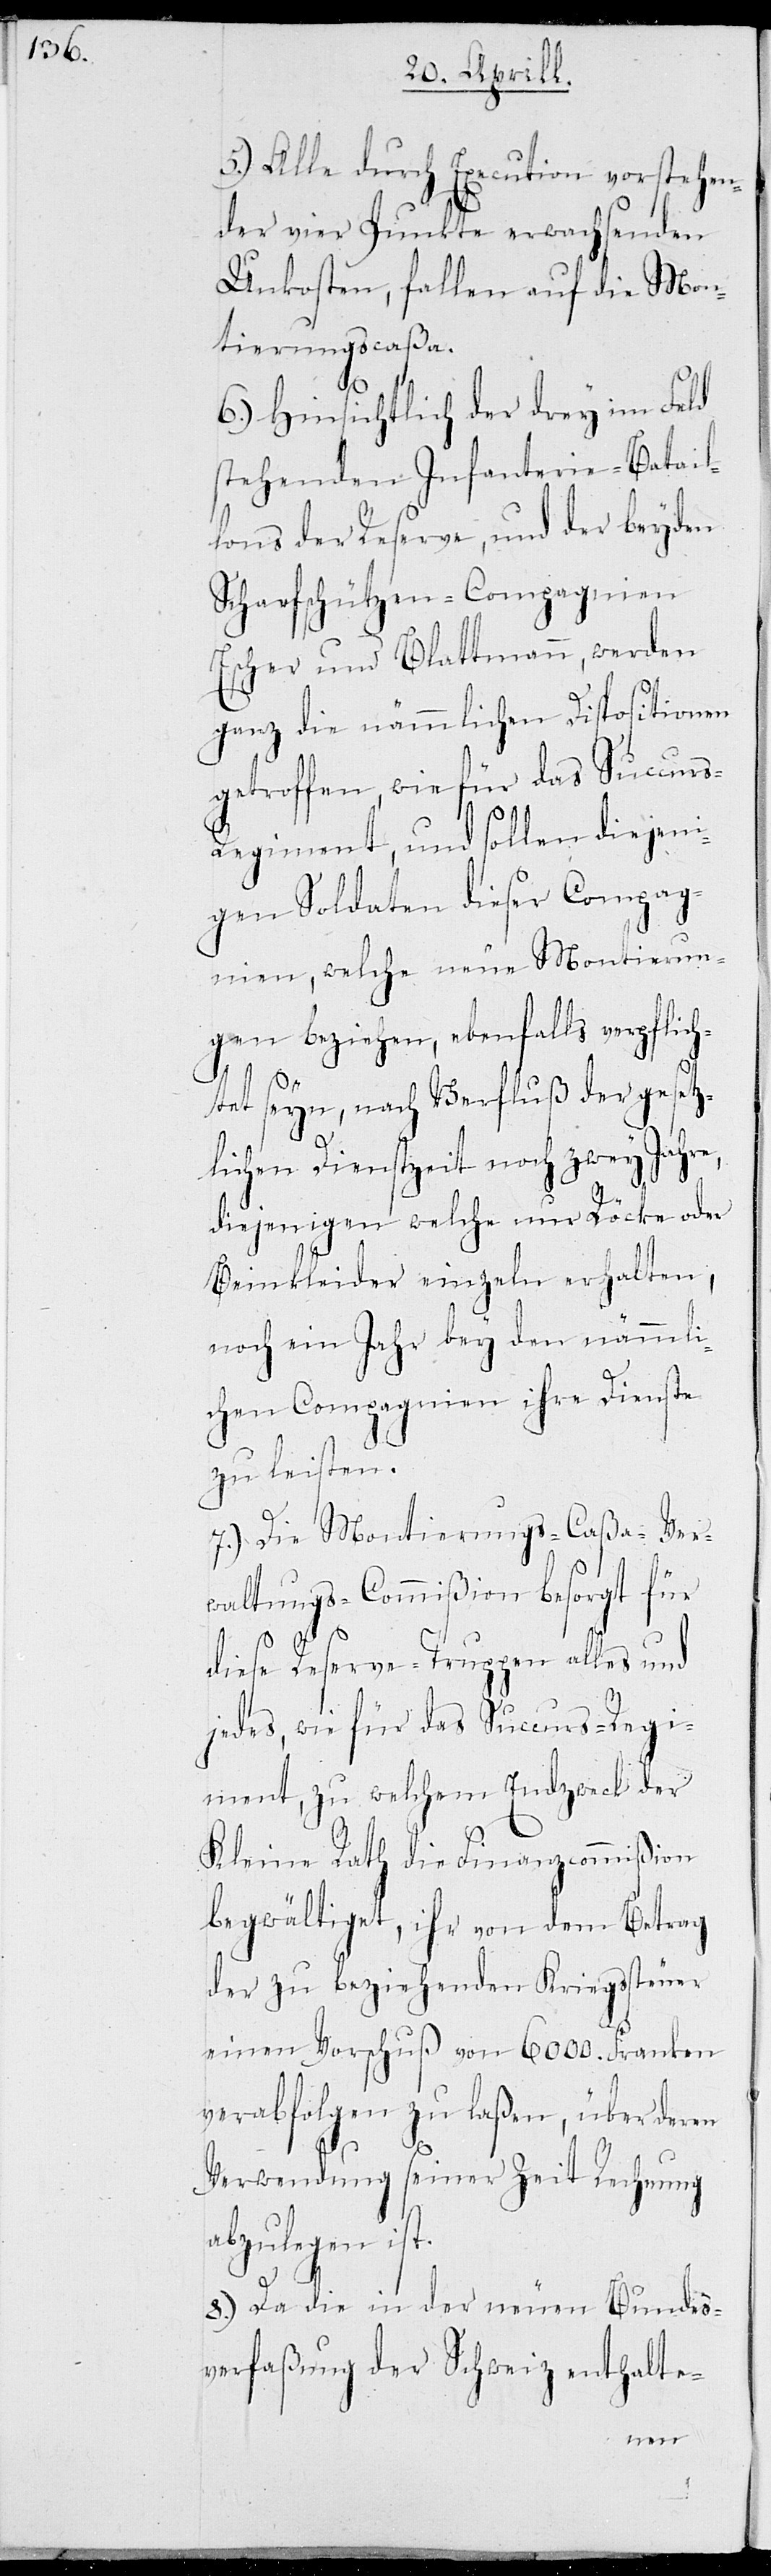
5.) Alle durch Execution vorstehen¬
der vier Punkte erwachsenden
Unkosten, fallen auf die Mon¬
tierungscaßa.
6.) Hinsichtlich der drey im Feld
stehenden Infanterie-Batail¬
lons der Reserve, und der beyden
Scharfschützen-Compagnien
Escher und Blattmann, werden
ganz die nämmlichen Dispositionen
getroffen, wie für das Succurs-R¬
egiment, und sollen diejeni¬
gen Soldaten dieser Compag¬
nien, welche neue Montierun¬
gen beziehen, ebenfalls verpflich¬
e,
tet seyn, nach Verfluß der gesetz¬
lichen Dienstzeit noch zwey Jahr¬
diejenigen welche nur Röcke oder
Beinkleider einzeln erhalten,
noch ein Jahr bey den nämmli¬
chen Compagnien ihre Dienste
zu leisten.
7.) Die Montierungs-Caßa-Ver¬
waltungs-Commißion besorgt für
diese Reserve-Truppen alles und
jedes, wie für das Succurs-Regi¬
ment, zu welchem Endzweck der
Kleine Rath die Finanzcommißion
begwältiget, ihr von dem Betrag
der zu beziehenden Kriegssteuer
einen Vorschuß von 6000 Franken
verabfolgen zu laßen, über deren
Verwendung seiner Zeit Rechnung
abzulegen ist.
8.) Da die in der neuen Bundes¬
verfaßung der Schweiz enthalte-